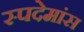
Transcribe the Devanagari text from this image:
स्पदेमांस